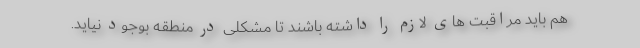
هم باید مراقبت های لازم را داشته باشند تا مشکلی در منطقه بوجود نیاید.